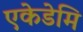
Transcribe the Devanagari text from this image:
एकेडेमि